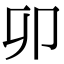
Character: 𠨍